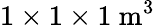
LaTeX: \mathrm{1\times 1\times 1\ m^{3}}